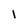
Character: l